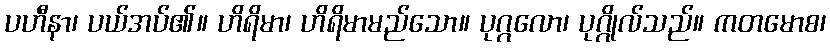
ပဟီနာ၊ ပယ်အပ်၏။ ဟိရိမာ၊ ဟိရိမာမည်သော။ ပုဂ္ဂလော၊ ပုဂ္ဂိုလ်သည်။ ကတမောစ၊